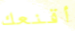
أقنعك